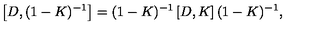
\left[ D , ( 1 - K ) ^ { - 1 } \right] = ( 1 - K ) ^ { - 1 } \left[ D , K \right] ( 1 - K ) ^ { - 1 } ,